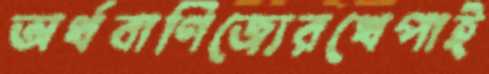
অর্থবাণিজ্যেরখেপাই